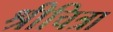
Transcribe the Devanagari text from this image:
श्रीचित्रा